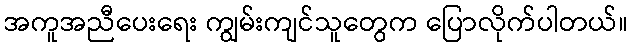
အကူအညီပေးရေး ကျွမ်းကျင်သူတွေက ပြောလိုက်ပါတယ်။